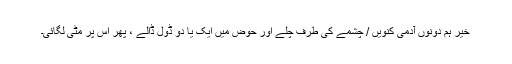
خیر ہم دونوں آدمی کنویں / چشمے کی طرف چلے اور حوض میں ایک یا دو ڈول ڈالے ، پھر اس پر مٹی لگائی۔